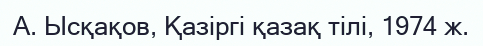
А. Ысқақов, Қазіргі қазақ тілі, 1974 ж.